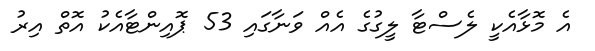
އެ މޮޅާއެކީ ލެސްޓާ ލީގުގެ އެއް ވަނާގައި 53 ޕޮއިންޓާއެކު އޮތް އިރު